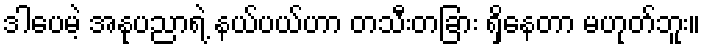
ဒါပေမဲ့ အနုပညာရဲ့ နယ်ပယ်ဟာ တသီးတခြား ရှိနေတာ မဟုတ်ဘူး။